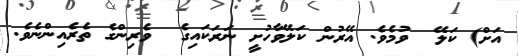
އަށް) ކަލޭ  ވުމެވެ. އޭރުން ކަލޭވާހުށީ ނަރަކައިގެ  ވެރިންގެ ތެރެއިންނެވެ.